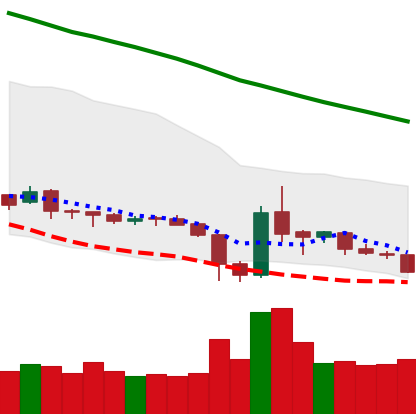
Ticker: XRP-USD
Chart end date: 2019-02-06
Forward return: 4.132%
Label: up_3_5